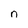
Character: n